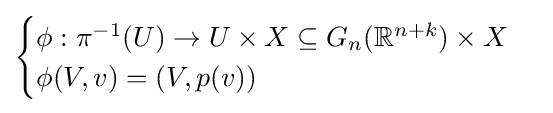
{\begin{cases}\phi :\pi ^{-1}(U)\to U\times X\subseteq G_{n}(\mathbb {R} ^{n+k})\times X\\\phi (V,v)=(V,p(v))\end{cases}}